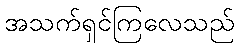
အသက်ရှင်ကြလေသည်